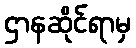
ဌာနဆိုင်ရာမှ